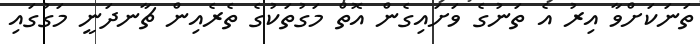
ތަނަކަށްވާ އިރު އެ ތަނުގެ ވަށައިގެން އޮތް މަގުތަކުގެ ތެރެއިން ޗާނދަނީ މަގުގައި